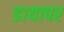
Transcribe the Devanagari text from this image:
डायापर